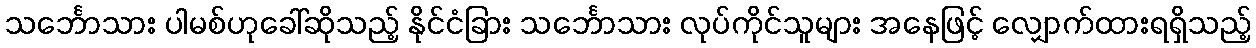
သင်္ဘောသား ပါမစ်ဟုခေါ်ဆိုသည့် နိုင်ငံခြား သင်္ဘောသား လုပ်ကိုင်သူများ အနေဖြင့် လျှောက်ထားရရှိသည့်